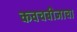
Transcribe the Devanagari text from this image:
कवचबीजाचा